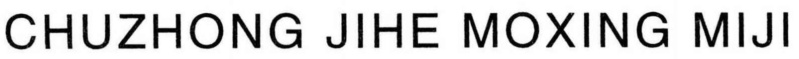
CHUZHONG JIHE MOXING MIJI